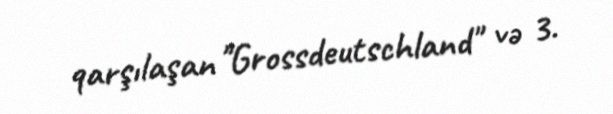
qarşılaşan "Grossdeutschland" və 3.